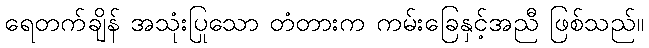
ရေတက်ချိန် အသုံးပြုသော တံတားက ကမ်းခြေနှင့်အညီ ဖြစ်သည်။